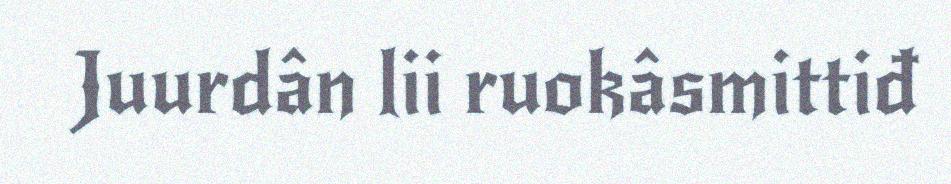
Juurdân lii ruokâsmittiđ